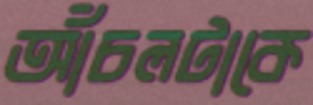
আঁচলটাকে